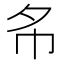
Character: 𢁟